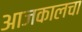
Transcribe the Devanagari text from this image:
आजकालचा